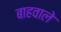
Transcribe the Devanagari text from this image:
बाहवाले